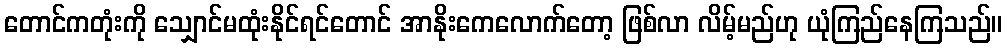
တောင်ကတုံးကို သျှောင်မထုံးနိုင်ရင်တောင် အာနိုးကေလောက်တော့ ဖြစ်လာ လိမ့်မည်ဟု ယုံကြည်နေကြသည်။